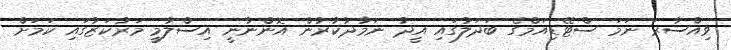
ވިއްސާރަ ނަމަ ސްޓޭޑިއަމްގެ ބަދަލުގައި އީދު ނަމާދުކުރުން އޮންނާނީ އިސްލާމީ މަރުކަޒުގައި ކަމަށް